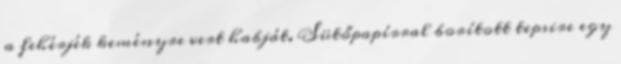
a fehérjék keményre vert habját. Sütőpapírral borított tepsire egy